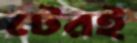
টেরই